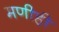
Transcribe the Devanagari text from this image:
मणीही